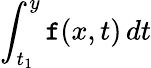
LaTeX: \int_{t_{1}}^{y}\mathtt{f}(x,t)\, dt